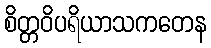
စိတ္တဝိပရိယာသကတေန